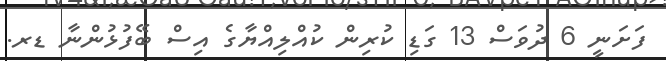
ފަށަނީ 6 ދުވަސް 13 ގަޑި ކުރިން ކުއްލިއްޔާގެ އިސް ބޭފުޅުންނާ ޑރ.